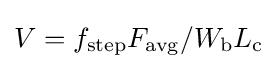
V=f_{\text{step}}F_{\text{avg}}/W_{\text{b}}L_{\text{c}}